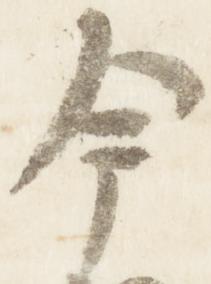
今